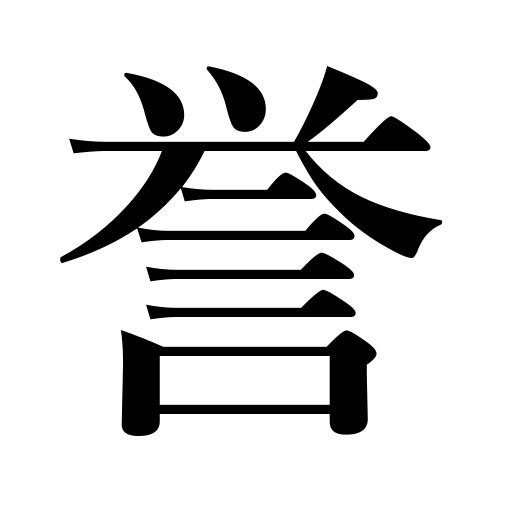
Meanings: honor,glory,praise